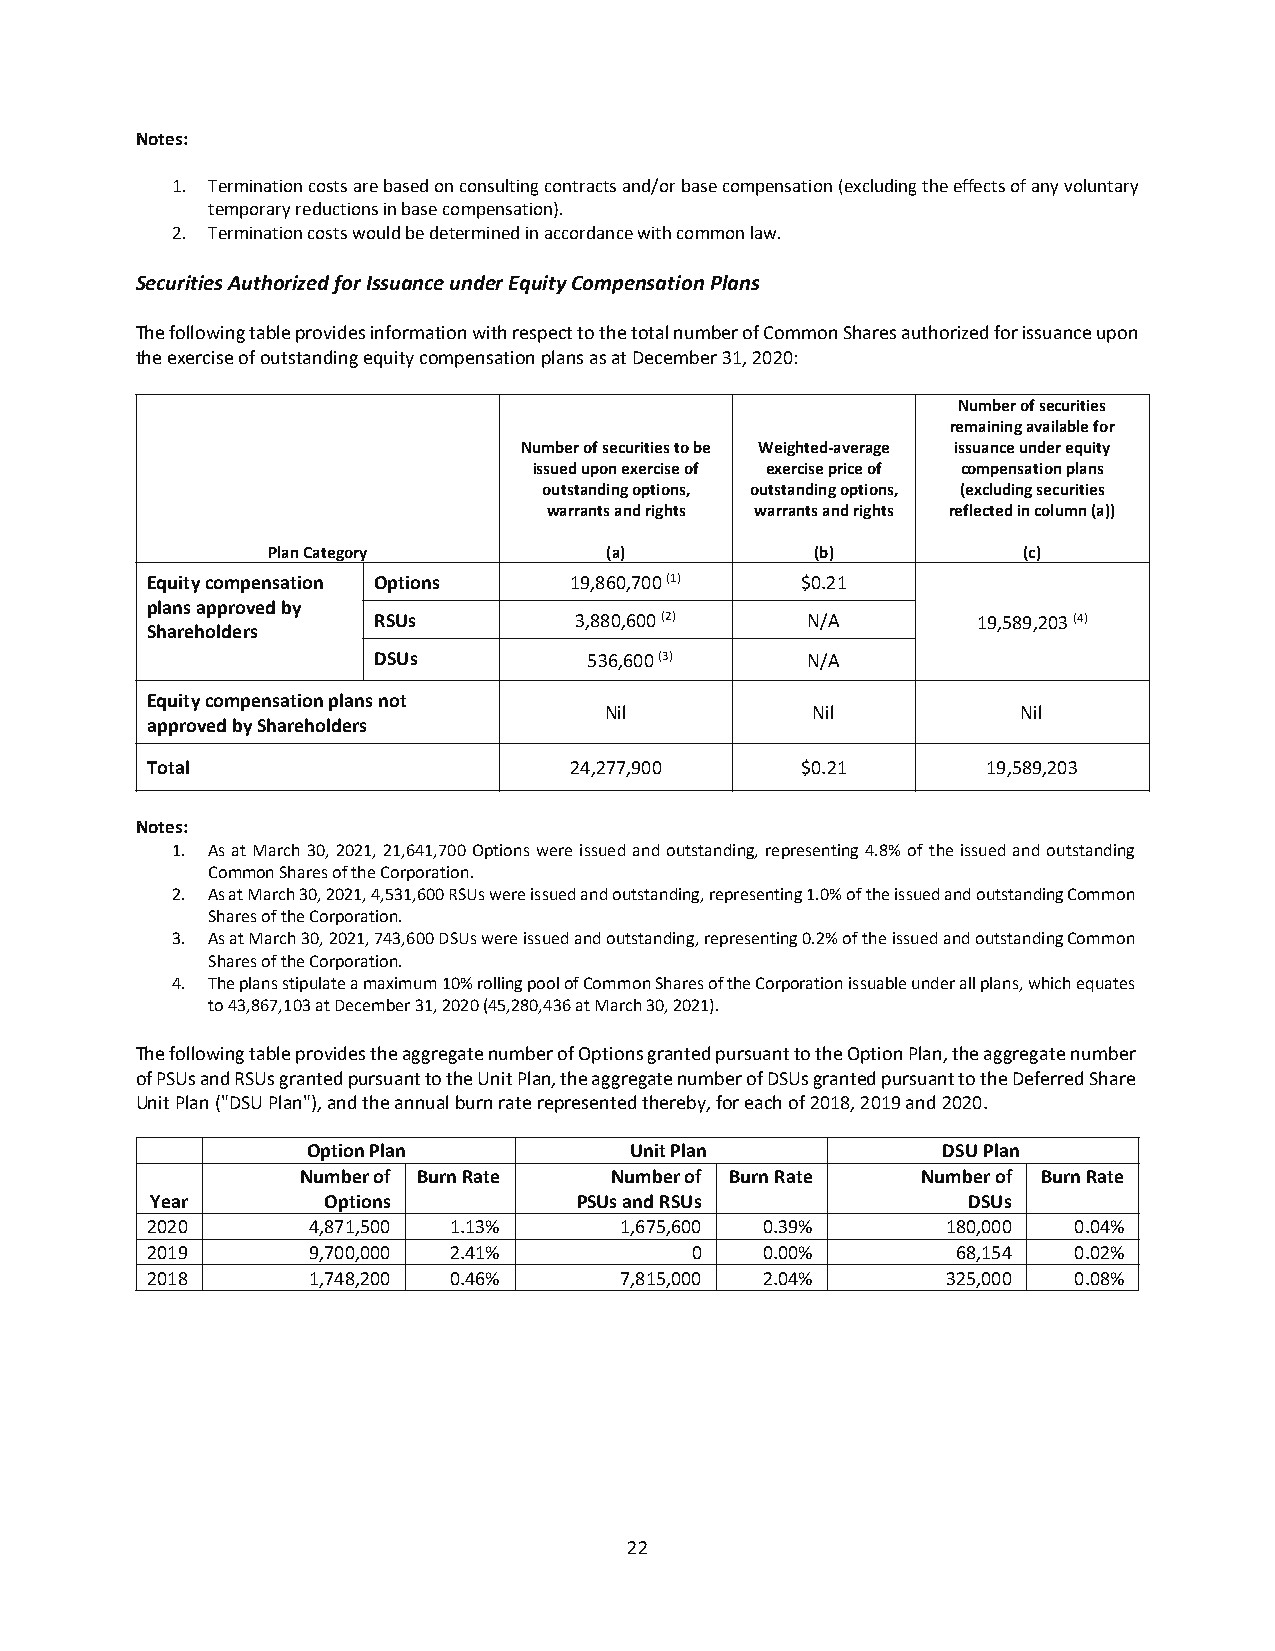
Notes:
 1. Termination costs are based on consulting contracts and/or base compensation (excluding the effects of any voluntary
 temporary reductions in base compensation).
 2. Termination costs would be determined in accordance with common law.
 Securities Authorized for Issuance under Equity Compensation Plans
 The following table provides information with respect to the total number of Common Shares authorized for issuance upon
 the exercise of outstanding equity compensation plans as at December 31, 2020:
 Number of securities
 remaining available for
 Number of securities to be Weighted-average issuance under equity
 issued upon exercise of exercise price of compensation plans
 outstanding options, outstanding options, (excluding securities
 warrants and rights warrants and rights reflected in column (a))
 Plan Category         (a)           (b)           (c)
 Equity compensation Options 19,860,700 (1) $0.21
 plans approved by
 RSUs         3,880,600 (2)  N/A         19,589,203 (4)
 Shareholders
 DSUs          536,600 (3)   N/A
 Equity compensation plans not
 Nil           Nil           Nil
 approved by Shareholders
 Total                       24,277,900     $0.21       19,589,203
 Notes:
 1. As at March 30, 2021, 21,641,700 Options were issued and outstanding, representing 4.8% of the issued and outstanding
 Common Shares of the Corporation.
 2. As at March 30, 2021, 4,531,600 RSUs were issued and outstanding, representing 1.0% of the issued and outstanding Common
 Shares of the Corporation.
 3. As at March 30, 2021, 743,600 DSUs were issued and outstanding, representing 0.2% of the issued and outstanding Common
 Shares of the Corporation.
 4. The plans stipulate a maximum 10% rolling pool of Common Shares of the Corporation issuable under all plans, which equates
 to 43,867,103 at December 31, 2020 (45,280,436 at March 30, 2021).
 The following table provides the aggregate number of Options granted pursuant to the Option Plan, the aggregate number
 of PSUs and RSUs granted pursuant to the Unit Plan, the aggregate number of DSUs granted pursuant to the Deferred Share
 Unit Plan ("DSU Plan"), and the annual burn rate represented thereby, for each of 2018, 2019 and 2020.
 Option Plan           Unit Plan           DSU Plan
 Number of Burn Rate Number of Burn Rate  Number of Burn Rate
 Year       Options          PSUs and RSUs             DSUs
 2020      4,871,500 1.13%      1,675,600 0.39%       180,000 0.04%
 2019      9,700,000 2.41%           0   0.00%        68,154  0.02%
 2018      1,748,200 0.46%      7,815,000 2.04%       325,000 0.08%
 22